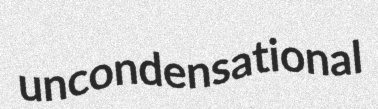
uncondensational